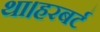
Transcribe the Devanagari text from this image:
था।हरबर्ट